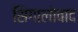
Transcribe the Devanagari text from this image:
सिंगालोवाद